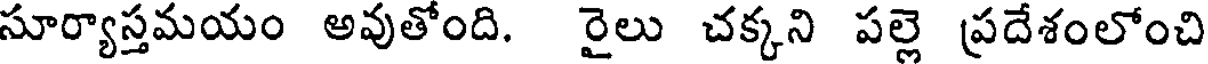
సూర్యాస్తమయం అవుతోంది. రైలు చక్కని పల్లె ప్రదేశంలోంచి